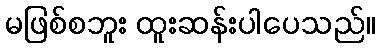
မဖြစ်စဘူး ထူးဆန်းပါပေသည်။